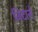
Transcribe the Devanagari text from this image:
जिदाने